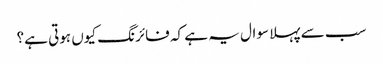
سب سے پہلا سوال یہ ہے کہ فائرنگ کیوں ہوتی ہے؟